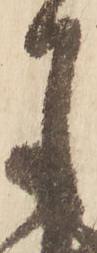
月